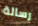
رسالة